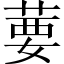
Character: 葽